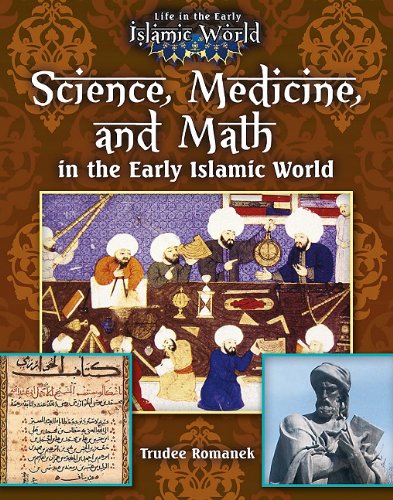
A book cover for Science, Medicine, and Math in the Early Islamic World (Life in the Early Islamic World); Trudee Romanek; Children's Books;